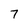
Character: 7